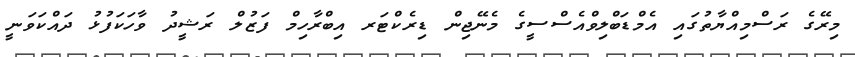
މިރޭގެ ރަސްމިއްޔާތުގައި އެމްޑަބްލިވްއެސްސީގެ މެނޭޖިން ޑިރެކްޓަރ އިބްރާހިމް ފަޒުލް ރަޝީދު ވާހަކަފުޅު ދައްކަވަނީ